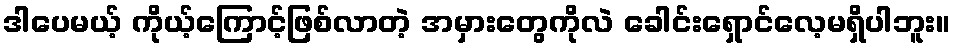
ဒါပေမယ့် ကိုယ့်ကြောင့်ဖြစ်လာတဲ့ အမှားတွေကိုလဲ ခေါင်းရှောင်လေ့မရှိပါဘူး။